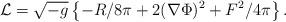
LaTeX: \begin{align*}{\cal L}=\sqrt{-g}\left\{-R/8\pi + 2 (\nabla\Phi)^2 + F^2/4\pi \right\}.\end{align*}